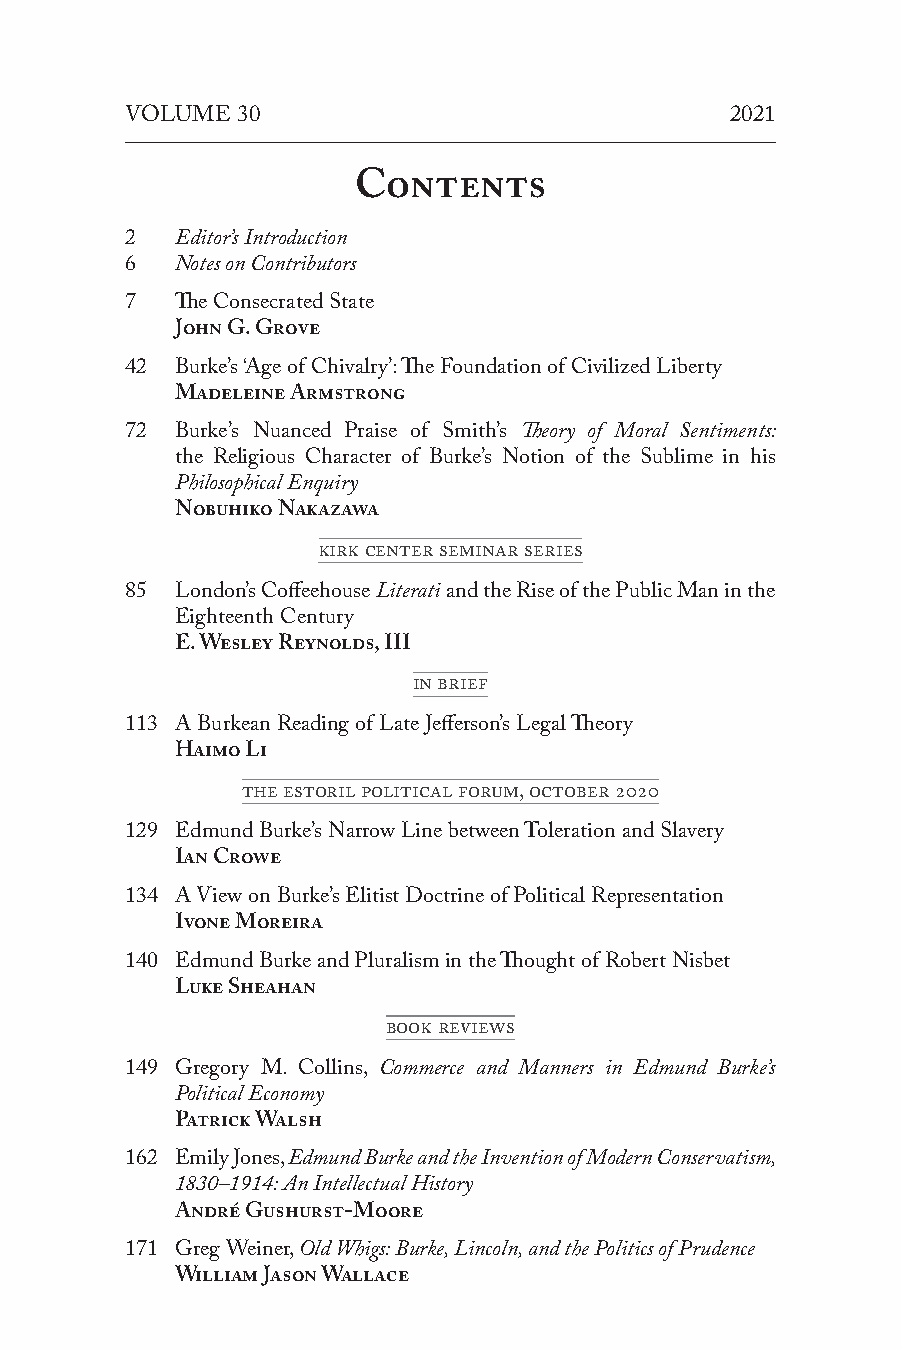
VOLUME  30                              2021
 Contents
 2   Editor’s Introduction
 6   Notes on Contributors
 7   The Consecrated State
 John G. Grove
 42  Burke’s ‘Age of Chivalry’: The Foundation of Civilized Liberty
 Madeleine Armstrong
 72  Burke’s Nuanced Praise of Smith’s Theory of Moral Sentiments:
 the Religious Character of Burke’s Notion of the Sublime in his
 Philosophical Enquiry
 Nobuhiko Nakazawa
 Kirk Center Seminar Series
 85  London’s Coffeehouse Literati and the Rise of the Public Man in the
 Eighteenth Century
 E. Wesley Reynolds, III
 In Brief
 113 A Burkean Reading of Late Jefferson’s Legal Theory
 Haimo Li
 The Estoril Political Forum, October 2020
 129 Edmund Burke’s Narrow Line between Toleration and Slavery
 Ian Crowe
 134 A View on Burke’s Elitist Doctrine of Political Representation
 Ivone Moreira
 140 Edmund Burke and Pluralism in the Thought of Robert Nisbet
 Luke Sheahan
 Book Reviews
 149 Gregory M. Collins, Commerce and Manners in Edmund Burke’s
 Political Economy
 Patrick Walsh
 162 Emily Jones, Edmund Burke and the Invention of Modern Conservatism,
 1830–1914: An Intellectual History
 André Gushurst-Moore
 171 Greg Weiner, Old Whigs: Burke, Lincoln, and the Politics of Prudence
 William Jason Wallace